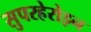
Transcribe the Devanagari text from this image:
सुपरहेरोइन